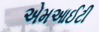
એમઆઈટી